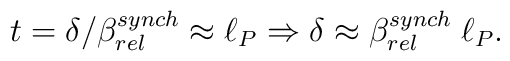
t= \delta/\beta_{rel}^{synch} \approx \ell_P \\ \Rightarrow \\\delta \approx \beta_{rel}^{synch}\; \ell_P.